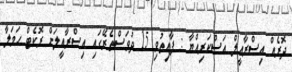
ދޮރެއް އިސްރާއީލް އަސްކަރިއްޔާ : ފާއިތުވި 15 ދުވަސްތެރޭގައި އިސްރާއީލަށް ރޮކެޓް ހަމަލާ